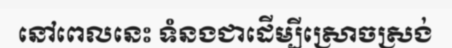
នៅពេលនេះ ទំនងជាដើម្បីស្រោចស្រង់